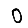
Digit: 0